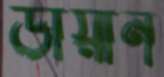
ডায়ান